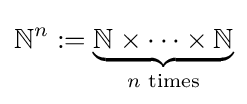
\mathbb {N} ^{n}:=\underbrace {\mathbb {N} \times \dots \times \mathbb {N} } _{n{\text{ times}}}